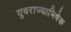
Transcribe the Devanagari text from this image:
युवराज्याभिषेक